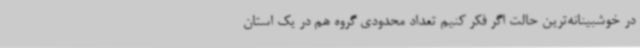
در خوشبینانه‌ترین حالت اگر فکر کنیم تعداد محدودی گروه هم در یک استان